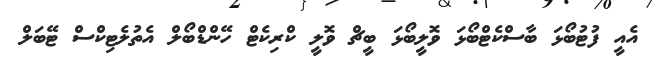
އެއީ ފުޓުބޯޅަ ބާސްކެޓްބޯޅަ ވޮލީބޯޅަ ބީޗް ވޮލީ ކްރިކެޓް ހޭންޑްބޯލް އެތުލެޓިކްސް ޓޭބަލް